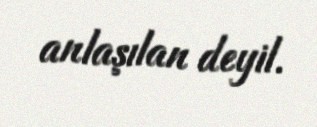
anlaşılan deyil.